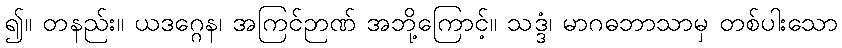
၍။ တနည်း။ ယဒဂ္ဂေန၊ အကြင်ဉာဏ် အဘို့ကြောင့်။ သဒ္ဒံ၊ မာဂဓဘာသာမှ တစ်ပါးသော